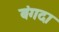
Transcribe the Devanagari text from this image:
बंगदा